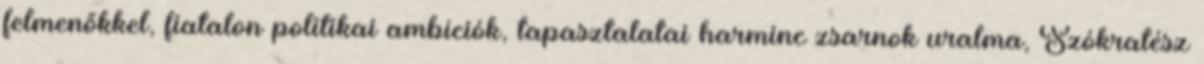
felmenőkkel, fiatalon politikai ambíciók, tapasztalatai harminc zsarnok uralma, Szókratész